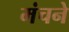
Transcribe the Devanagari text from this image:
मंचने